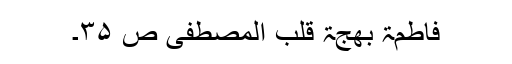
فاطمۃ بھجۃ قلب المصطفی ص ۳۵۔